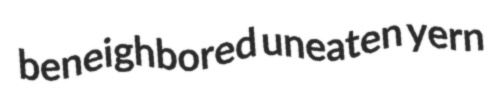
beneighbored uneaten yern